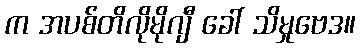
က အပစ်တိလိုမိုဂျီ ခေါ် သိမှုဗေဒ။